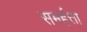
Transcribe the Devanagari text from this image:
समर्हत्ता